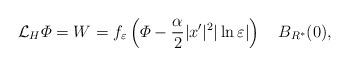
LaTeX: \begin{align*}\mathcal{L}_H\varPhi=W=f_\varepsilon\left( \varPhi-\frac{\alpha}{2}|x'|^2|\ln\varepsilon|\right) \ \ \ B_{R^*}(0),\end{align*}